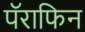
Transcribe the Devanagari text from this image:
पॅराफिन